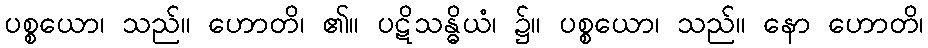
ပစ္စယော၊ သည်။ ဟောတိ၊ ၏။ ပဋိသန္ဓိယံ၊ ၌။ ပစ္စယော၊ သည်။ နော ဟောတိ၊